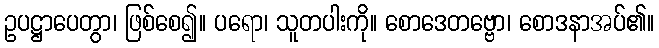
ဥပဋ္ဌာပေတွာ၊ ဖြစ်စေ၍။ ပရော၊ သူတပါးကို။ စောဒေတဗ္ဗော၊ စောဒနာအပ်၏။